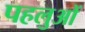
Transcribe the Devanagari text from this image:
पहलुआें